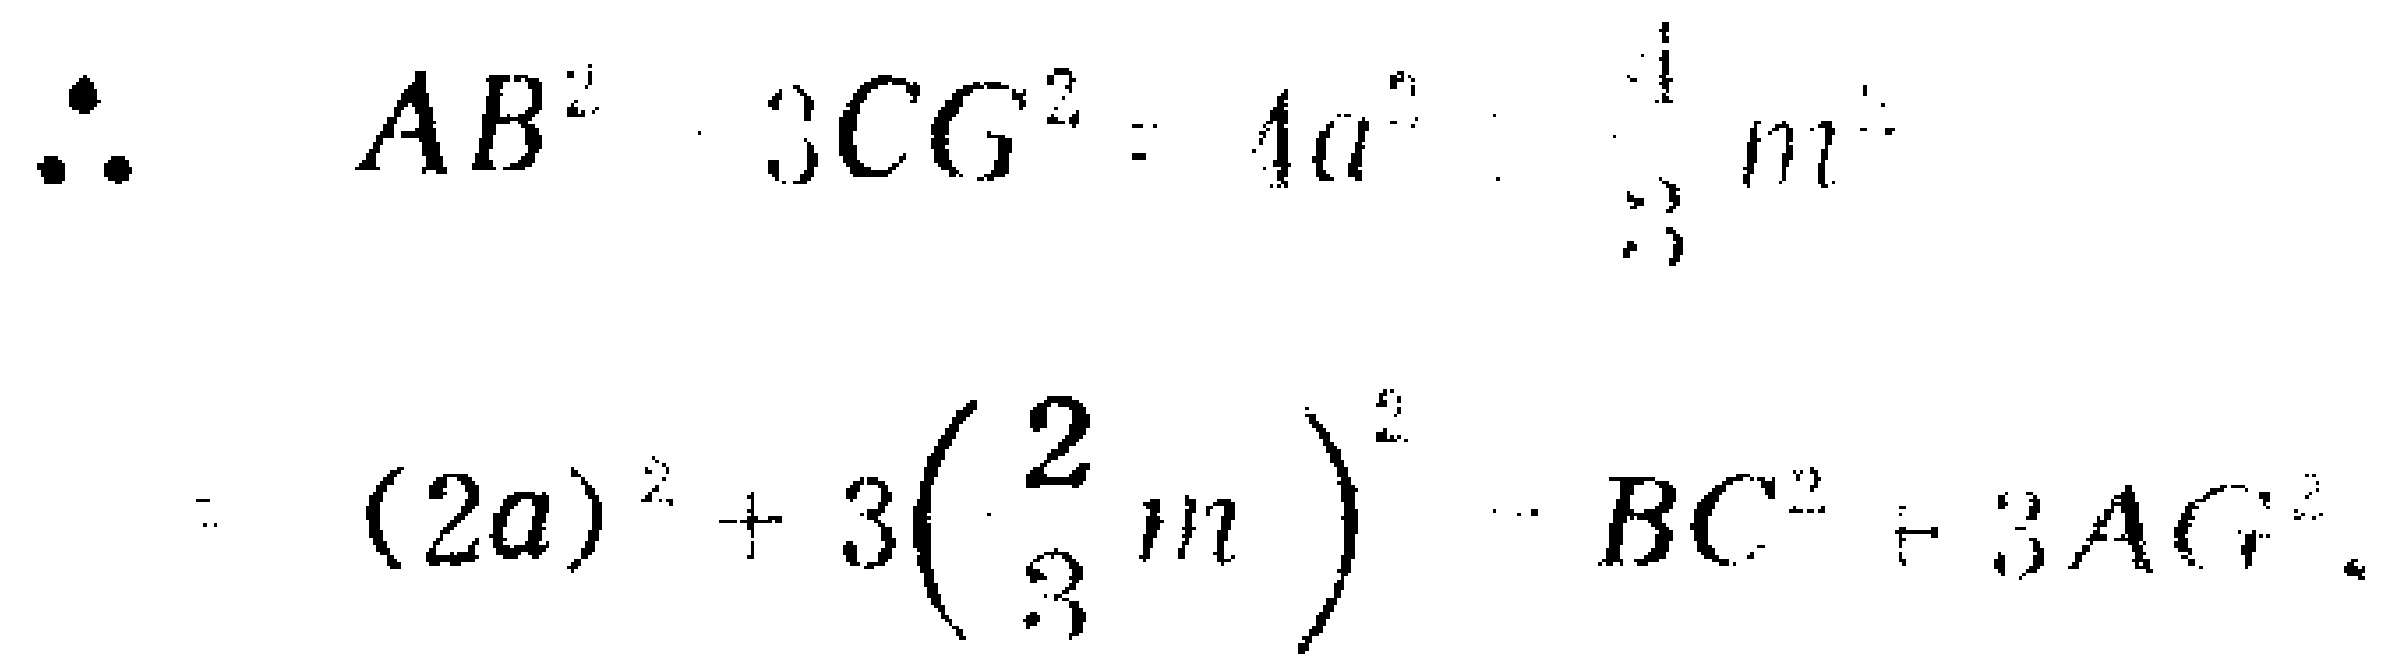
\(\therefore AB^{2}+3CG^{2}=4a^{2}+3\left(\frac{2}{3}m\right)^{2}=BC^{2}+3AG^{2}\)